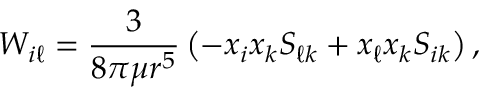
W _ { i \ell } = \frac { 3 } { 8 \pi \mu r ^ { 5 } } \left( - x _ { i } x _ { k } S _ { \ell k } + x _ { \ell } x _ { k } S _ { i k } \right) ,